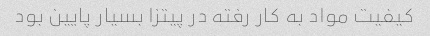
کیفیت مواد به کار رفته در پیتزا بسیار پایین بود